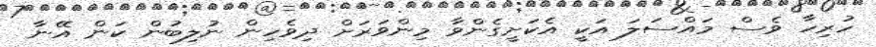
ހުރިހާ ވެސް މައްސަލަ އަކީ އެކަށީގެންވާ މިންވަރަށް ދިވެހިން ނުލިބުން ކަން އޭނާ